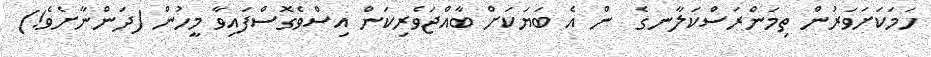
ހަމަކަށަވަރުން ތިމަންރަސްކަލާނގެ  ން އެ ބަޔަކަށް ބާއްޖަވެރިކަން އިސްވެގޮސްފައިވާ މީހުން (ދަންނާށެވެ!)